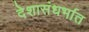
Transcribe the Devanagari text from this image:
देशासंधर्भात